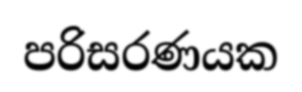
පරිසරණයක